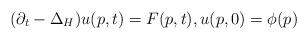
LaTeX: \begin{align*}( \partial_t -\Delta_H ) u (p, t) = F(p, t), u(p, 0) = \phi (p) \end{align*}